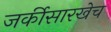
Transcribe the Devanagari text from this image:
जर्कीसारखेच